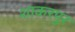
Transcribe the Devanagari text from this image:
शाकरपुर